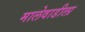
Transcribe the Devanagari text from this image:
मालेवाडीला